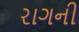
રાગની